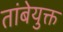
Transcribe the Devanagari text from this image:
तांबेयुक्त